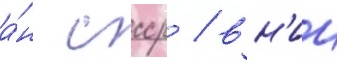
а́н ссср / вн'ии